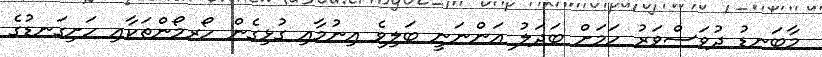
މާބަނޑު ދުވަސްވަރު ހަމަށް ބަދަލު އަންނަނީ ބަލިވެ އިނުމާއި ގުޅިގެން ހޯރމޯންތަކާއި ހަށިގަނޑުގެ